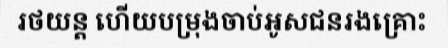
រថយន្ត ហើយបម្រុងចាប់អូសជនរងគ្រោះ